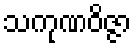
သကုဏဝိဇ္ဇာ